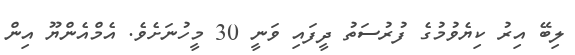
ލިބޭ އިރު ކިޔެވުމުގެ ފުރުސަތު ދީފައި ވަނީ 30 މީހުނަށެވެ. އެމްއެންޔޫ އިން